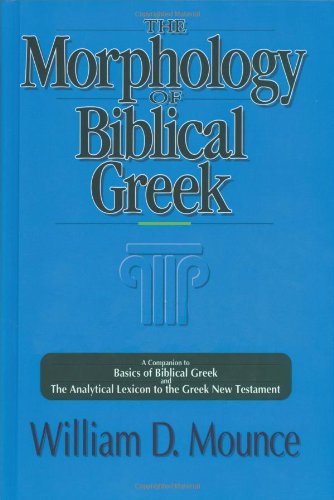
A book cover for Morphology of Biblical Greek, The; William D. Mounce; Christian Books & Bibles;